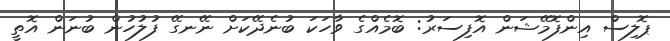
ޕޮލިސް އިންފޮމޭޝަން އޮފިސަރު: ބޮމެއްގެ ވާހަކަ ބުނެދޭކަށް ނޭނގޭ ފުލުހުން ބުނަން އޮތީ